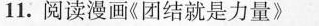
11.阅读漫画《团结就是力量》